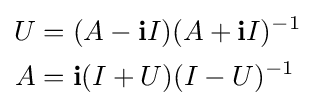
{\begin{aligned}U&{}=(A-\mathbf {i} I)(A+\mathbf {i} I)^{-1}\\A&{}=\mathbf {i} (I+U)(I-U)^{-1}\end{aligned}}